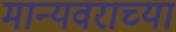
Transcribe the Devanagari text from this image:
मान्यवराच्या